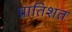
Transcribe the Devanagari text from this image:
प्रातिशत